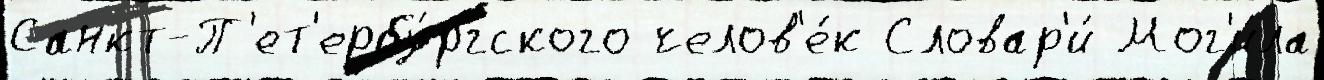
Санкт-П'ет'ербу́ргского челов'е́к Словар'и́ Мог'и́ла